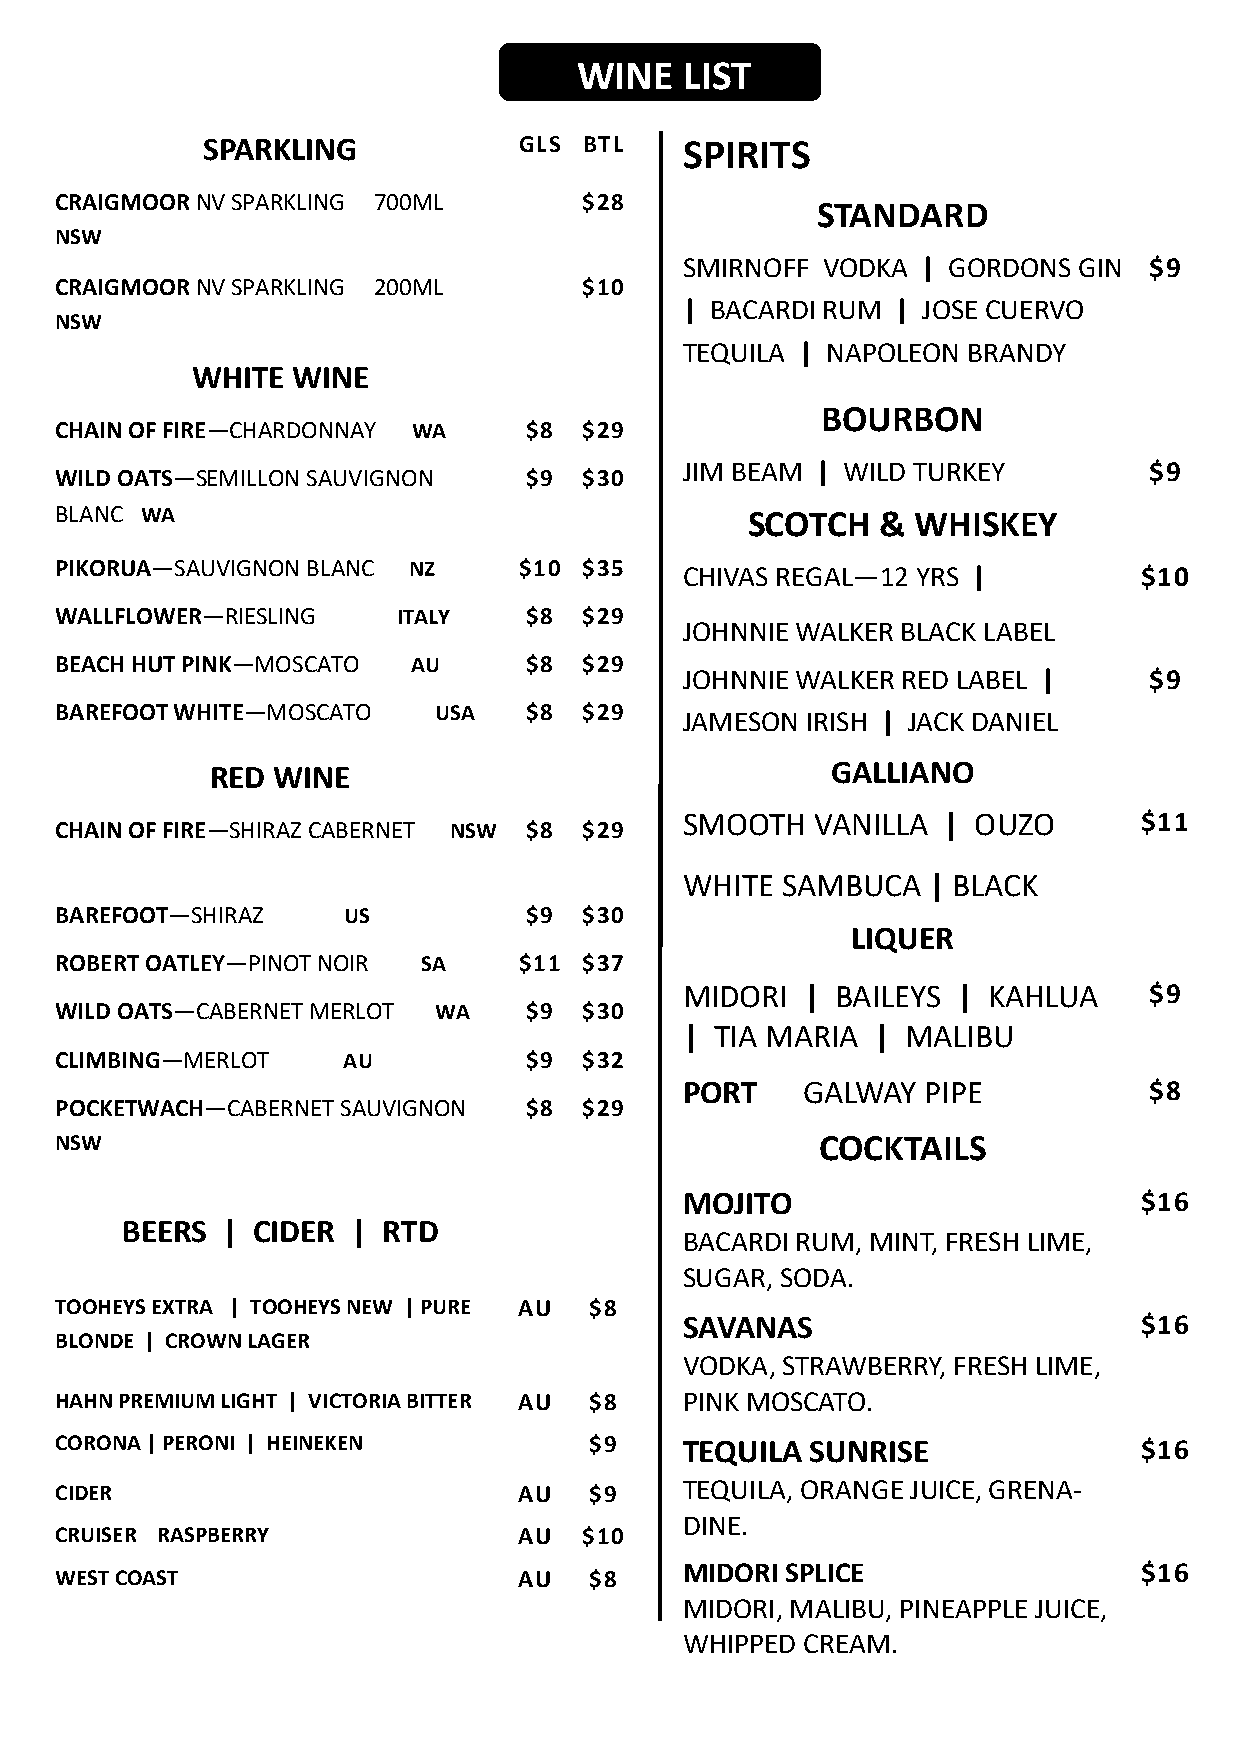
WINE   LIST
 SPARKLING            G L S B T L S PIRITS
 CRAIGMOOR NV SPARKLING 700ML       $28
 STANDARD
 NSW
 SMIRNOFF VODKA  | GORDONS GIN  $9
 CRAIGMOOR NV SPARKLING 200ML       $10
 | BACARDI RUM | JOSE CUERVO
 NSW
 TEQUILA | NAPOLEON BRANDY
 WHITE WINE
 BOURBON
 CHAIN OF FIRE—CHARDONNAY WA    $ 8 $29
 JIM BEAM | WILD TURKEY         $9
 WILD OATS—SEMILLON SAUVIGNON   $9  $30
 BLANC WA                                     SCOTCH   & WHISKEY
 PIKORUA—SAUVIGNON BLANC NZ    $ 1 0 $ 35 CHIVAS REGAL—12 YRS |         $10
 WALLFLOWER—RIESLING   ITALY    $ 8 $ 29
 JOHNNIE WALKER BLACK LABEL
 BEACH HUT PINK—MOSCATO AU      $8  $29
 JOHNNIE WALKER RED LABEL |     $9
 BAREFOOT WHITE—MOSCATO   USA   $8  $29
 JAMESON IRISH | JACK DANIEL
 RED WINE                                 GALLIANO
 SMOOTH   VANILLA | OUZO       $11
 CHAIN OF FIRE—SHIRAZ CABERNET NSW $ 8 $29
 WHITE  SAMBUCA  | BLACK
 BAREFOOT—SHIRAZ    US          $ 9 $30
 LIQUER
 ROBERT OATLEY—PINOT NOIR SA   $ 1 1 $37
 MIDORI  | BAILEYS | KAHLUA     $9
 WILD OATS—CABERNET MERLOT WA   $ 9 $ 30
 | TIA MARIA  | MALIBU
 CLIMBING—MERLOT    AU          $ 9 $32
 PORT    GALWAY  PIPE           $8
 POCKETWACH—CABERNET SAUVIGNON  $8  $29
 NSW                                               COCKTAILS
 MOJITO                        $16
 BEERS  | CIDER | RTD
 BACARDI RUM, MINT, FRESH LIME,
 SUGAR, SODA.
 TOOHEYS EXTRA | TOOHEYS NEW | PURE AU $8
 SAVANAS                       $16
 BLONDE | CROWN LAGER
 VODKA, STRAWBERRY, FRESH LIME,
 HAHN PREMIUM LIGHT | VICTORIA BITTER AU $8 PINK MOSCATO.
 CORONA | PERONI | HEINEKEN         $9    TEQUILA  SUNRISE              $16
 CIDER                         AU   $9    TEQUILA, ORANGE JUICE, GRENA-
 DINE.
 CRUISER RASPBERRY             AU   $10
 MIDORI SPLICE                 $16
 WEST COAST                    AU   $8
 MIDORI, MALIBU, PINEAPPLE JUICE,
 WHIPPED CREAM.